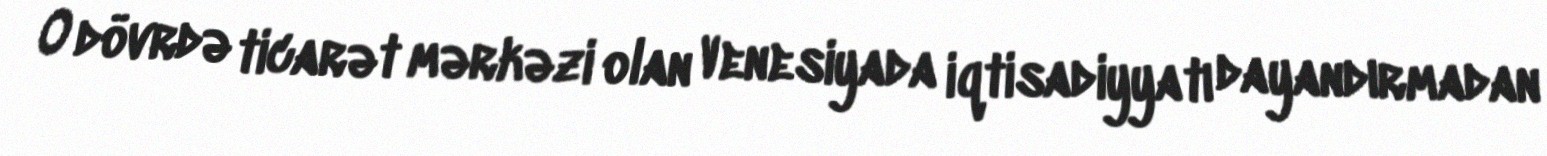
O dövrdə ticarət mərkəzi olan Venesiyada iqtisadiyyatı dayandırmadan